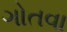
ગોતવા